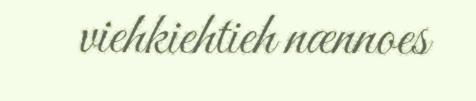
viehkiehtieh nænnoes